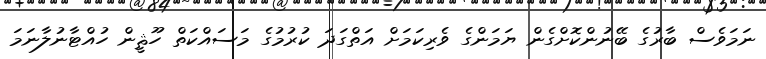
ނަމަވެސް ބާރުގެ ބޭނުންކޮށްގެން ޔަމަންގެ ވެރިކަމަށް އަތްގަދަ ކުރުމުގެ މަސައްކަތް ހޫޘީން ހުއްޓާނުލާނަމަ